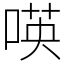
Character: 𠸄